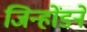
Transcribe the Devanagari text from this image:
जिन्होंडने